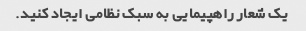
یک شعار راهپیمایی به سبک نظامی ایجاد کنید.